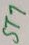
Text: ST7